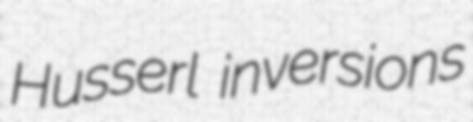
Husserl inversions